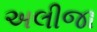
અલીજા